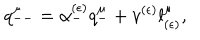
LaTeX: q _ { -- } ^ { \mu } = \alpha _ { - } ^ { ( \epsilon ) } q _ { - } ^ { \mu } + v ^ { ( \epsilon ) } l _ { ( \epsilon ) } ^ { \mu } ,